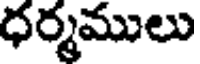
ధర్మములు